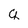
Character: q